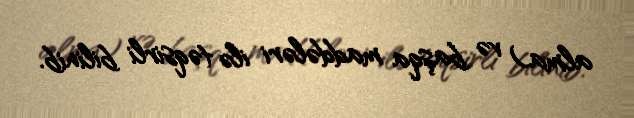
alma) və başqa maddələri ilə təqsirli bilinib.